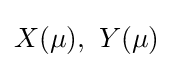
X(\mu ),\ Y(\mu )